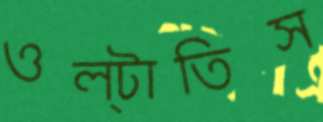
ওল্‌টাতিস